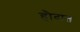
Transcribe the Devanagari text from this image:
हौदात